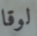
لوقا